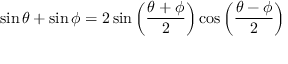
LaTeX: \sin \theta + \sin \phi = 2 \sin \left( { \frac { \theta + \phi } { 2 } } \right) \cos \left( { \frac { \theta - \phi } { 2 } } \right)